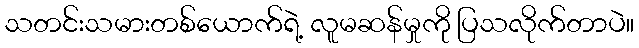
သတင်းသမားတစ်ယောက်ရဲ့ လူမဆန်မှုကို ပြသလိုက်တာပဲ။